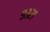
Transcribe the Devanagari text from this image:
९३२१